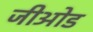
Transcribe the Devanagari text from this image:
जीओड